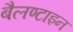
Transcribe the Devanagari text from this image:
बैलण्टाइन